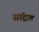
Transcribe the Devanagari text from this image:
सांद्रव